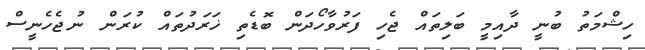
ހިޝްމަތު ބުނީ ދާއިމީ ބަލިތައް ޖެހި ފަރުވާހޯދަން ބޮޑެތި ޚަރަދުތައް ކުރަން ނުޖެހެނީސް